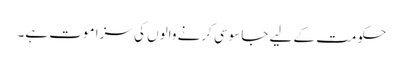
حکومت کے لیے جاسوسی کرنے والوں کی سزا موت ہے۔